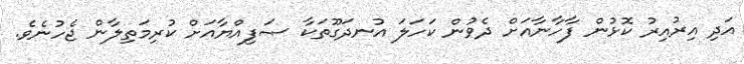
އަދި އިރުއިރު ކޮޅުން ފާހާނާއަށް ދެވުން ކަހަލަ އުނދަގޫތަކާ ޞަފިއްޔާއަށް ކުރިމަތިލާން ޖެހުނެވެ.